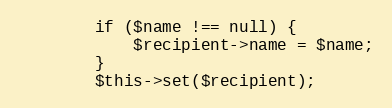
Language: PHP
        if ($name !== null) {
            $recipient->name = $name;
        }
        $this->set($recipient);